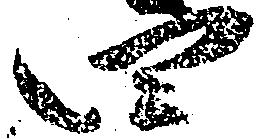
四